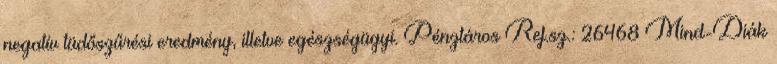
negatív tüdőszűrési eredmény, illetve egészségügyi. Pénztáros Ref.sz.: 26468 Mind-Diák